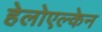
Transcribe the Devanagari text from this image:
हेलोएल्केन